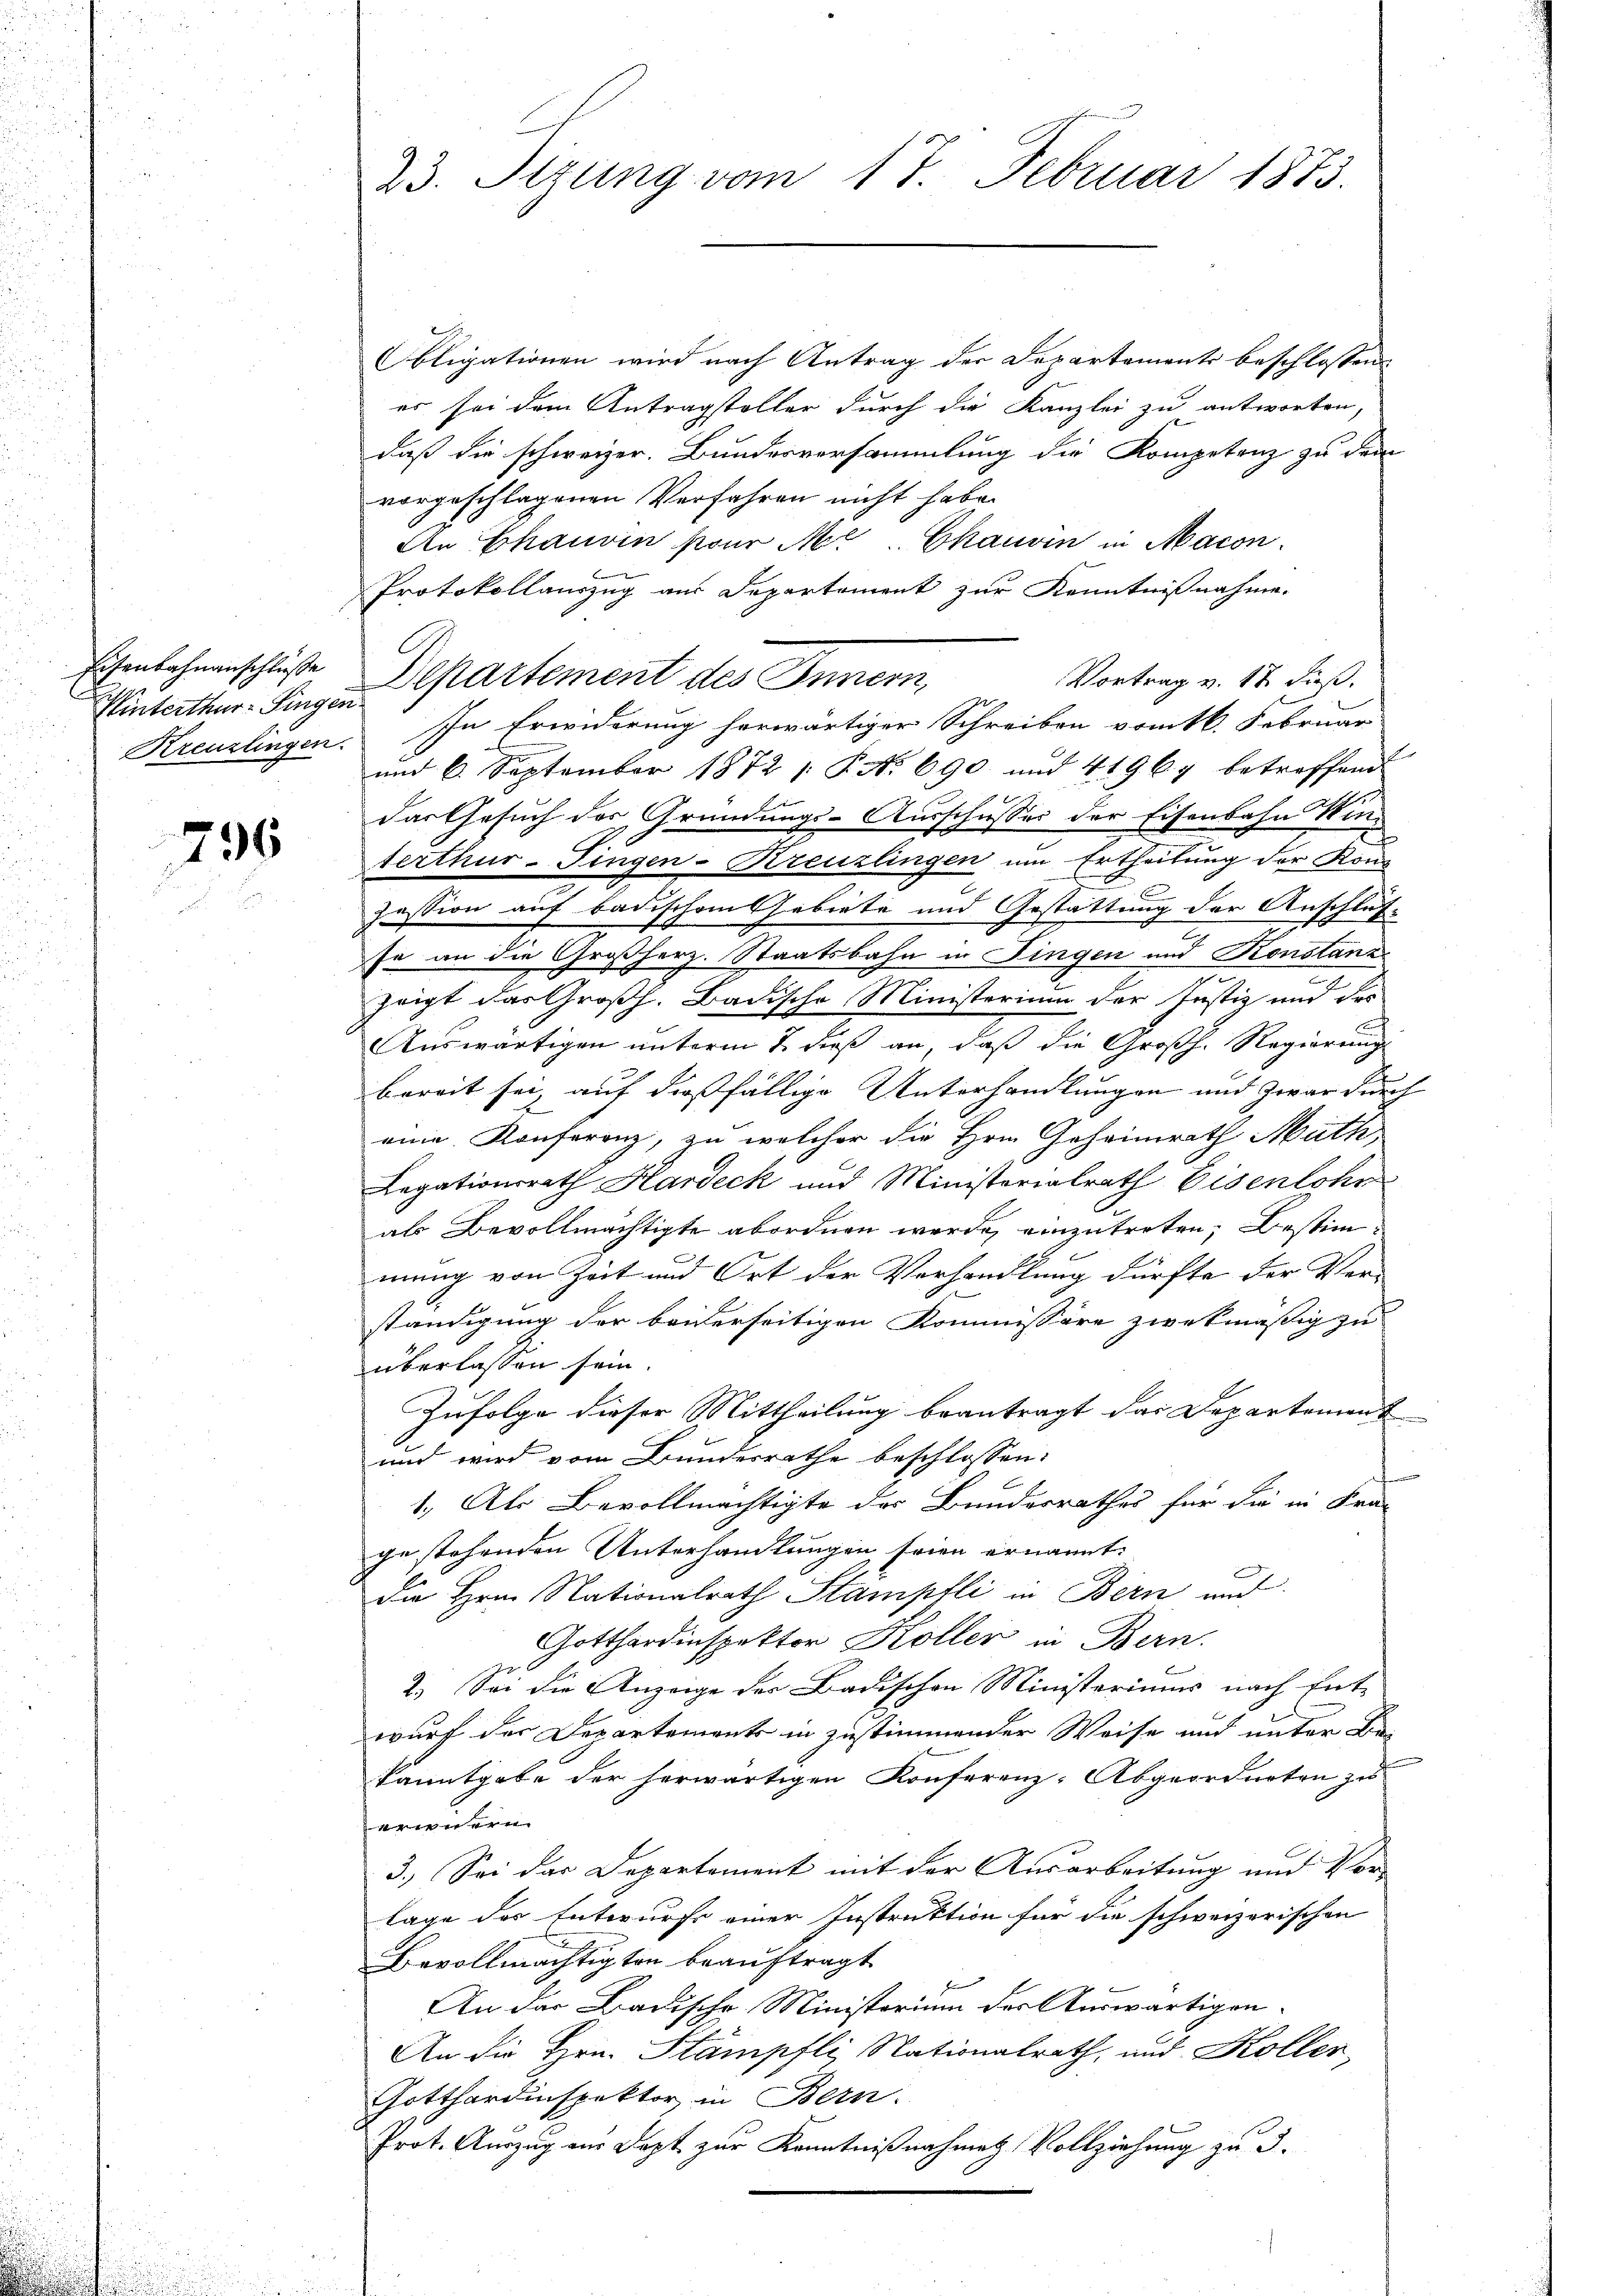
Eisenbahnanschlüße
Winterthur–Singen

735

23. Stzung vom 17. Februar 1873.

Obligationen wird nach Antrag der Departements beschlossen
er sei dem Antragstalter durch die Kanzlei zu antworten,
daß die schweizer. Bundesversammlung die Kompetenz zu dem
vorgeschlagenen Verfahren nicht habe.
An Chauvin pour Mt Chauvin in Macon
b
Protokollauszug aus Departement zur Kenntnißnahme.
Departement des Innern,
Vortrag v. 17. dieß.
Kreuzlingen. In Erwiderung herwärtiger Schreiben vom 16. Februar
E
und 6. September 1872 /: P. Nr. 690 und 41969 betreffend
das Gesuch des Gründungs-Ausschusses der Eisenbahn Winterthur-Fingen-Kreuzlingen um Ertheilung der Kons
zession auf badischem Gebiete und Gestattung der Anschluß-
fe an die Großherz. Staatsbahn in Fingen und Konstanz
zeigt das Großh. Badische Ministerium der Justiz und der
Auswärtigen unterm 7. dieß an, daß die Großh. Regierung
bereit sei, auf dießfällige Unterhandlungen und zwar durch |
eine Konferenz, zu welcher die Hrn. Geheimrath Math
Legationsrath Hardeck und Ministerialrath Eisenlohn
als Bevollmächtigte abordnen werde, einzutreten, Bestimmung von Zeit und Ort der Verhandlung dürfte der Ver-
ständigung der beiderseitigen Kommissäre zwekmäßig zu
überlassen sein.
Zufolge dieser Mittheilung beantragt das Departement
und wird vom Bundesrathe beschlossen:
1. Als Bevollmächtigte der Bundesrathes für die in Fran
ge stehenden Unterhandlungen seien ernannt.
die Hrn. Nationalrath Stampfli in Bern und
Gotthardinspektor Koller in Bern.
2.) Sei die Anzeige der Badischen Ministeriums nach Ent-
wurf der Departements in zustimmender Weise und unter Be-
kanntgabe der herwärtigen Konferenz-Abgeordneten zu
e
3.) Sei das Departement mit der Ausarbeitung und Vorlage des Entwurfs einer Instruktion für die schweizerischen
Bevollmächtigten beauftragt
An das Badische Ministerium der Auswärtigen¬
An die Hrn. Stämpfli Nationalrath, und Koller-
Gotthardinspektor, in Bern.
Prot. Auszug aus Dopt zur Kenntnißnahme Vollziehung zu 3.